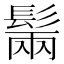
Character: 𩭫